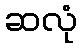
ဆလုံ